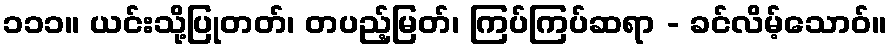
၁၁၁။ ယင်းသို့ပြုတတ်၊ တပည့်မြတ်၊ ကြပ်ကြပ်ဆရာ - ခင်လိမ့်သောဝ်။